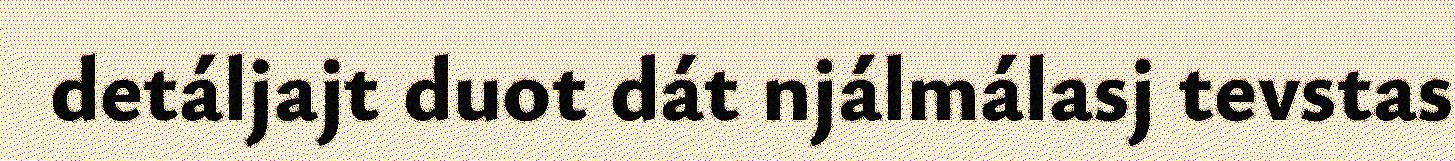
detáljajt duot dát njálmálasj tevstas